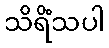
သိရိံသပါ